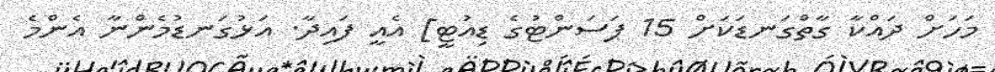
މަހަށް ދައްކާ ގާތްގަނޑަކަށް 15 ޕަސަންޓުގެ ޑިއުޓީ] އެއީ ފައިދާ. އަޅުގަނޑުމެންނާ އެންމެ